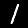
Digit: 1